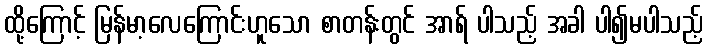
ထို့ကြောင့် မြန်မာ့လေကြောင်းဟူသော စာတန်းတွင် အာရ် ပါသည့် အခါ ပါ၍မပါသည့်